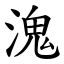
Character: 溾